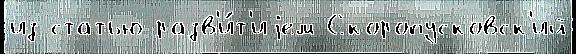
из статью разв'и́т'иjем Скоропусковск'ий